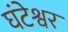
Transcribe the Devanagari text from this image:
घंटेश्वर